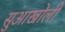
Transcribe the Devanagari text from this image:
सुआखोली